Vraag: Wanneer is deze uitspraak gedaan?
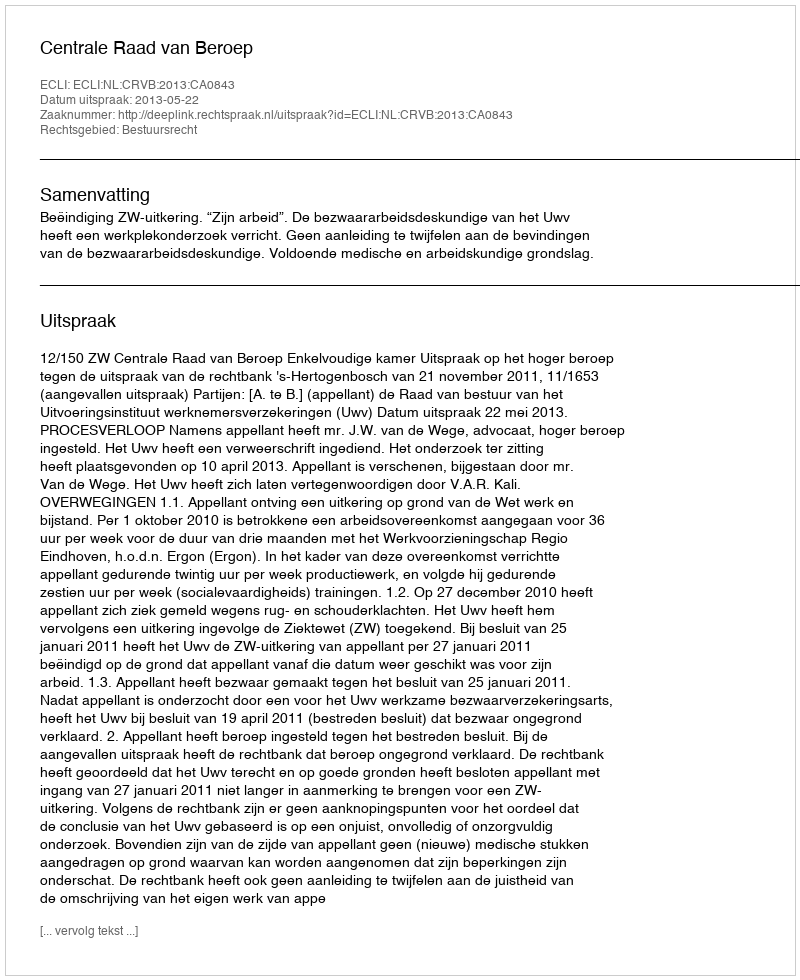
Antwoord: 2013-05-22